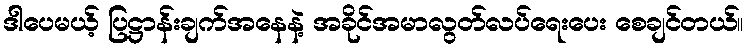
ဒါပေမယ့် ပြဋ္ဌာန်းချက်အနေနဲ့ အခိုင်အမာလွတ်လပ်ရေးပေး စေချင်တယ်။